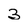
Character: 3